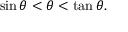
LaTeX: \sin \theta < \theta < \tan \theta .